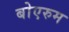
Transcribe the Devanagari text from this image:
बोएरुम